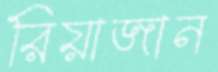
রিয়াজান